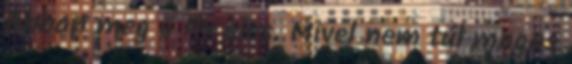
Abban meg ő fix eles. Mivel nem túl magas